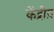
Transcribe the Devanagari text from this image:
केंद्रीय़